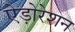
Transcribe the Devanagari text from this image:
ऐड़ोरेशन